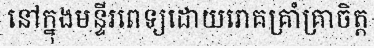
នៅក្នុងមន្ទីរពេទ្យដោយរោគគ្រាំគ្រាចិត្ត